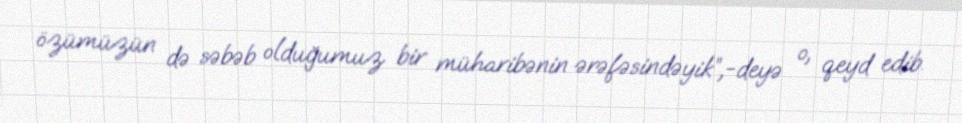
özümüzün də səbəb olduğumuz bir müharibənin ərəfəsindəyik”,-deyə o, qeyd edib.